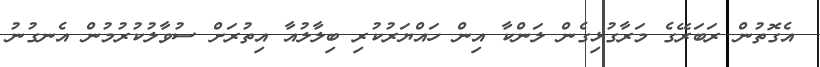
އެގޮތުން ރަބަރޭގެ މަރާގުޅިގެން ލަންކާ އިން ހައްޔަރުކުރި ބިލާލުއާ އިތުރަށް ސުވާލުކުރުމުން އެނގުނު